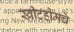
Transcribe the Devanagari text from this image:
स्वीटहोमचे